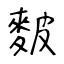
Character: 麬